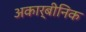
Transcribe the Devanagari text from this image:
अकार्बीनिक